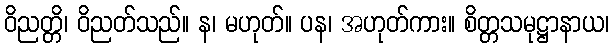
ဝိညတ္တိ၊ ဝိညတ်သည်။ န၊ မဟုတ်။ ပန၊ အဟုတ်ကား။ စိတ္တသမုဋ္ဌာနာယ၊